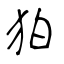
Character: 狛